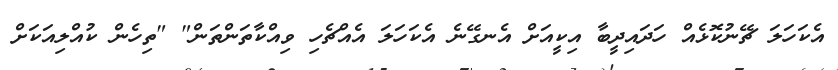
އެކަހަލަ ޗޭނުކޮޅެއް ހަދައިދީބާ އިކީއަށް އެނގޭނެ އެކަހަލަ އެއްޗެހި ވިއްކާތަންތަން" "ތިހެން ކުއްލިއަކަށް